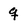
Character: q